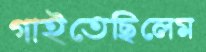
গাইতেছিলেম